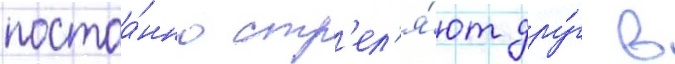
постоа́нно стр'ел'я́ют дру́г в